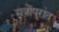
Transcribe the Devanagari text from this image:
सत्रोपरांत